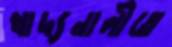
খাদ্যনালীতে